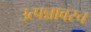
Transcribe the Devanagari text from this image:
उत्पन्नावरच